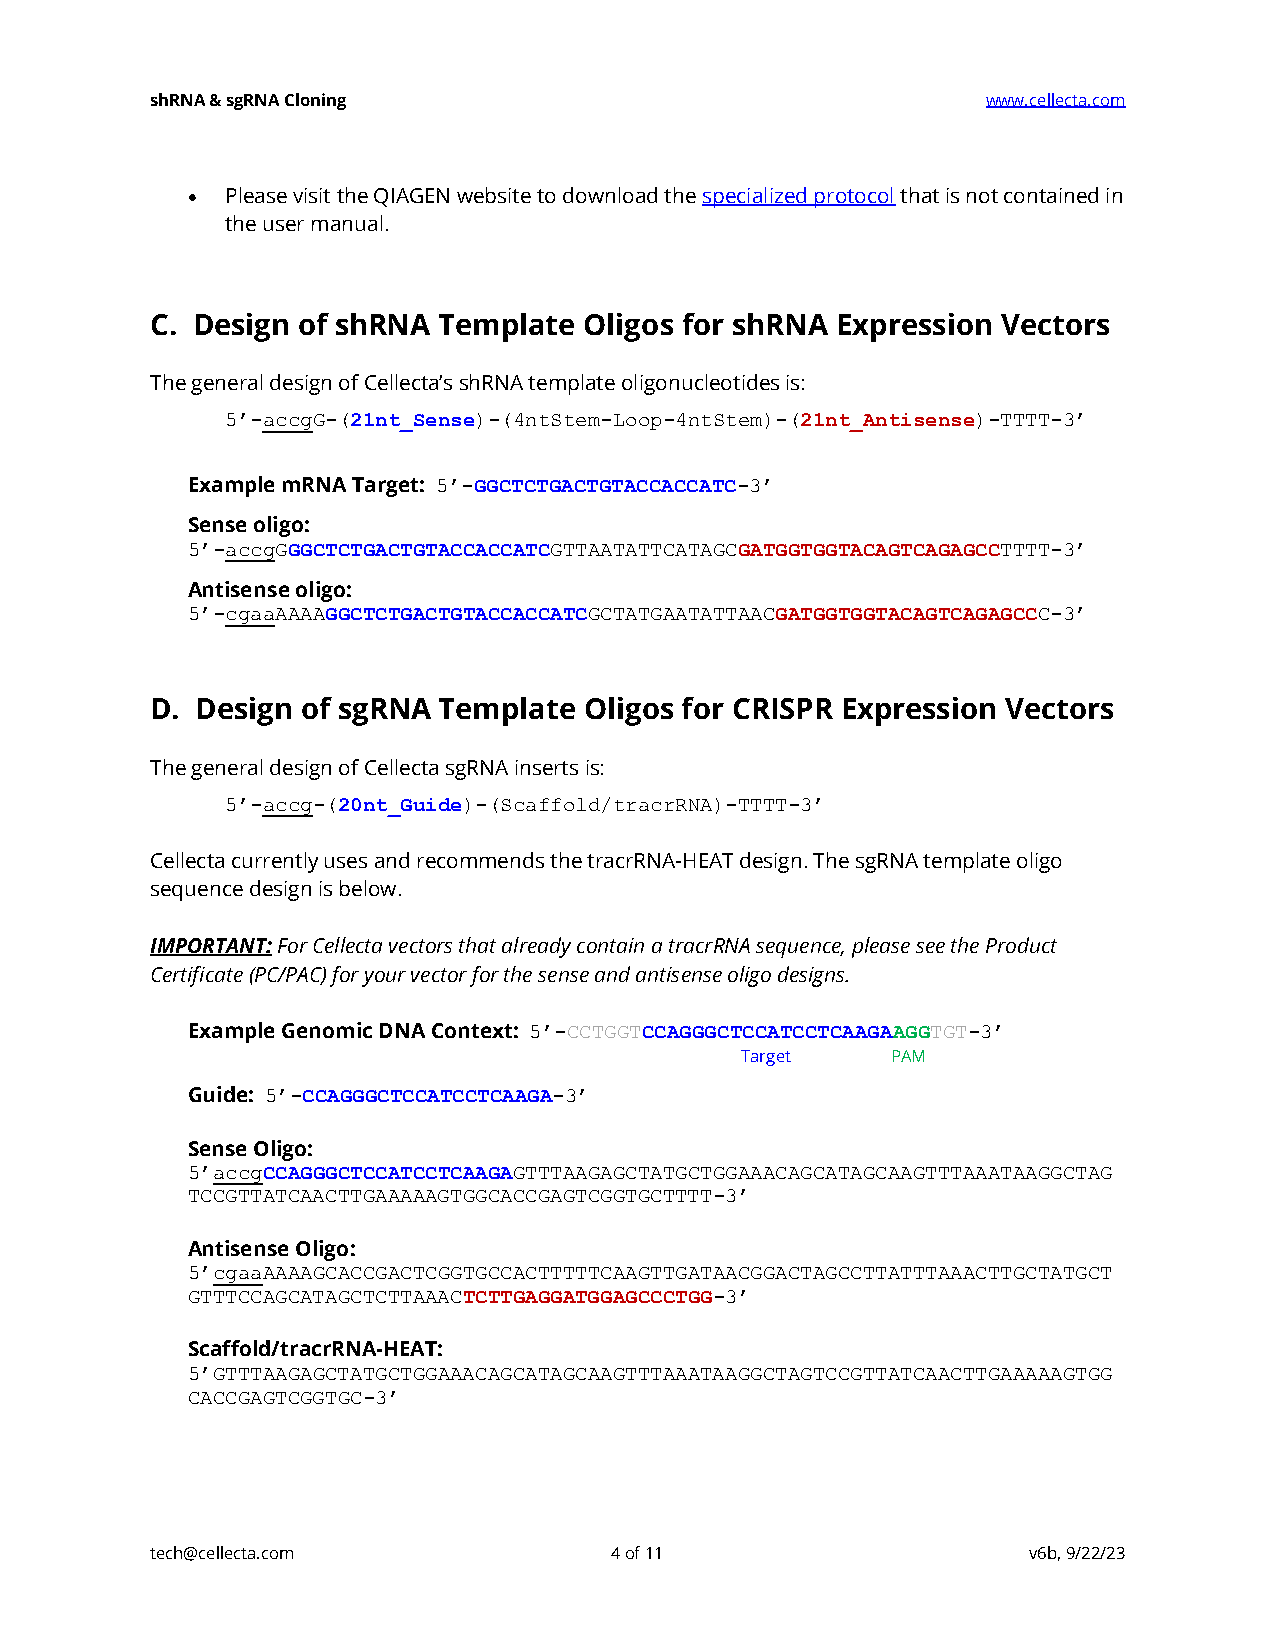
shRNA & sgRNA Cloning                                  www.cellecta.com
 •  Please visit the QIAGEN website to download the specialized protocol that is not contained in
 the user manual.
 C. Design of shRNA Template  Oligos for shRNA Expression Vectors
 The general design of Cellecta’s shRNA template oligonucleotides is:
 5’-accgG-(21nt_Sense)-(4ntStem-Loop-4ntStem)-(21nt_Antisense)-TTTT-3’
 Example mRNA Target: 5’-GGCTCTGACTGTACCACCATC-3’
 Sense oligo:
 5’-accgGGGCTCTGACTGTACCACCATCGTTAATATTCATAGCGATGGTGGTACAGTCAGAGCCTTTT-3’
 Antisense oligo:
 5’-cgaaAAAAGGCTCTGACTGTACCACCATCGCTATGAATATTAACGATGGTGGTACAGTCAGAGCCC-3’
 D. Design of sgRNA Template  Oligos for CRISPR Expression Vectors
 The general design of Cellecta sgRNA inserts is:
 5’-accg-(20nt_Guide)-(Scaffold/tracrRNA)-TTTT-3’
 Cellecta currently uses and recommends the tracrRNA-HEAT design. The sgRNA template oligo
 sequence design is below.
 IMPORTANT: For Cellecta vectors that already contain a tracrRNA sequence, please see the Product
 Certificate (PC/PAC) for your vector for the sense and antisense oligo designs.
 Example Genomic DNA Context: 5’-CCTGGTCCAGGGCTCCATCCTCAAGAAGGTGT-3’
 Target    PAM
 Guide: 5’-CCAGGGCTCCATCCTCAAGA-3’
 Sense Oligo:
 5’accgCCAGGGCTCCATCCTCAAGAGTTTAAGAGCTATGCTGGAAACAGCATAGCAAGTTTAAATAAGGCTAG
 TCCGTTATCAACTTGAAAAAGTGGCACCGAGTCGGTGCTTTT-3’
 Antisense Oligo:
 5’cgaaAAAAGCACCGACTCGGTGCCACTTTTTCAAGTTGATAACGGACTAGCCTTATTTAAACTTGCTATGCT
 GTTTCCAGCATAGCTCTTAAACTCTTGAGGATGGAGCCCTGG-3’
 Scaffold/tracrRNA-HEAT:
 5’GTTTAAGAGCTATGCTGGAAACAGCATAGCAAGTTTAAATAAGGCTAGTCCGTTATCAACTTGAAAAAGTGG
 CACCGAGTCGGTGC-3’
 tech@cellecta.com             4 of 11                     v6b, 9/22/23